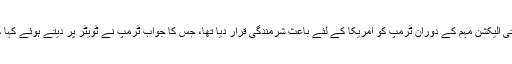
امریکی صدر ٹرمپ کے ساتھ کاروباری تعلقات رکھنے والے شہزادہ ولید نے صدارتی الیکشن مہم کے دوران ٹرمپ کو امریکا کے لئے باعثِ شرمندگی قرار دیا تھا، جس کا جواب ٹرمپ نے ٹویٹر پر دیتے ہوئے کہا کہ شہزادہ ولید باپ کی دولت کے بل پر امریکی سیاست میں مداخلت کرنا چاہتے ہیں۔